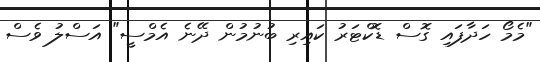
"މެމޯ ހަދާފައި ގޮސް ޑޮކްޓަރު ކައިރި ބުނުމުން ދޭނެ އެމްސީ" އަސްލު ވެސް